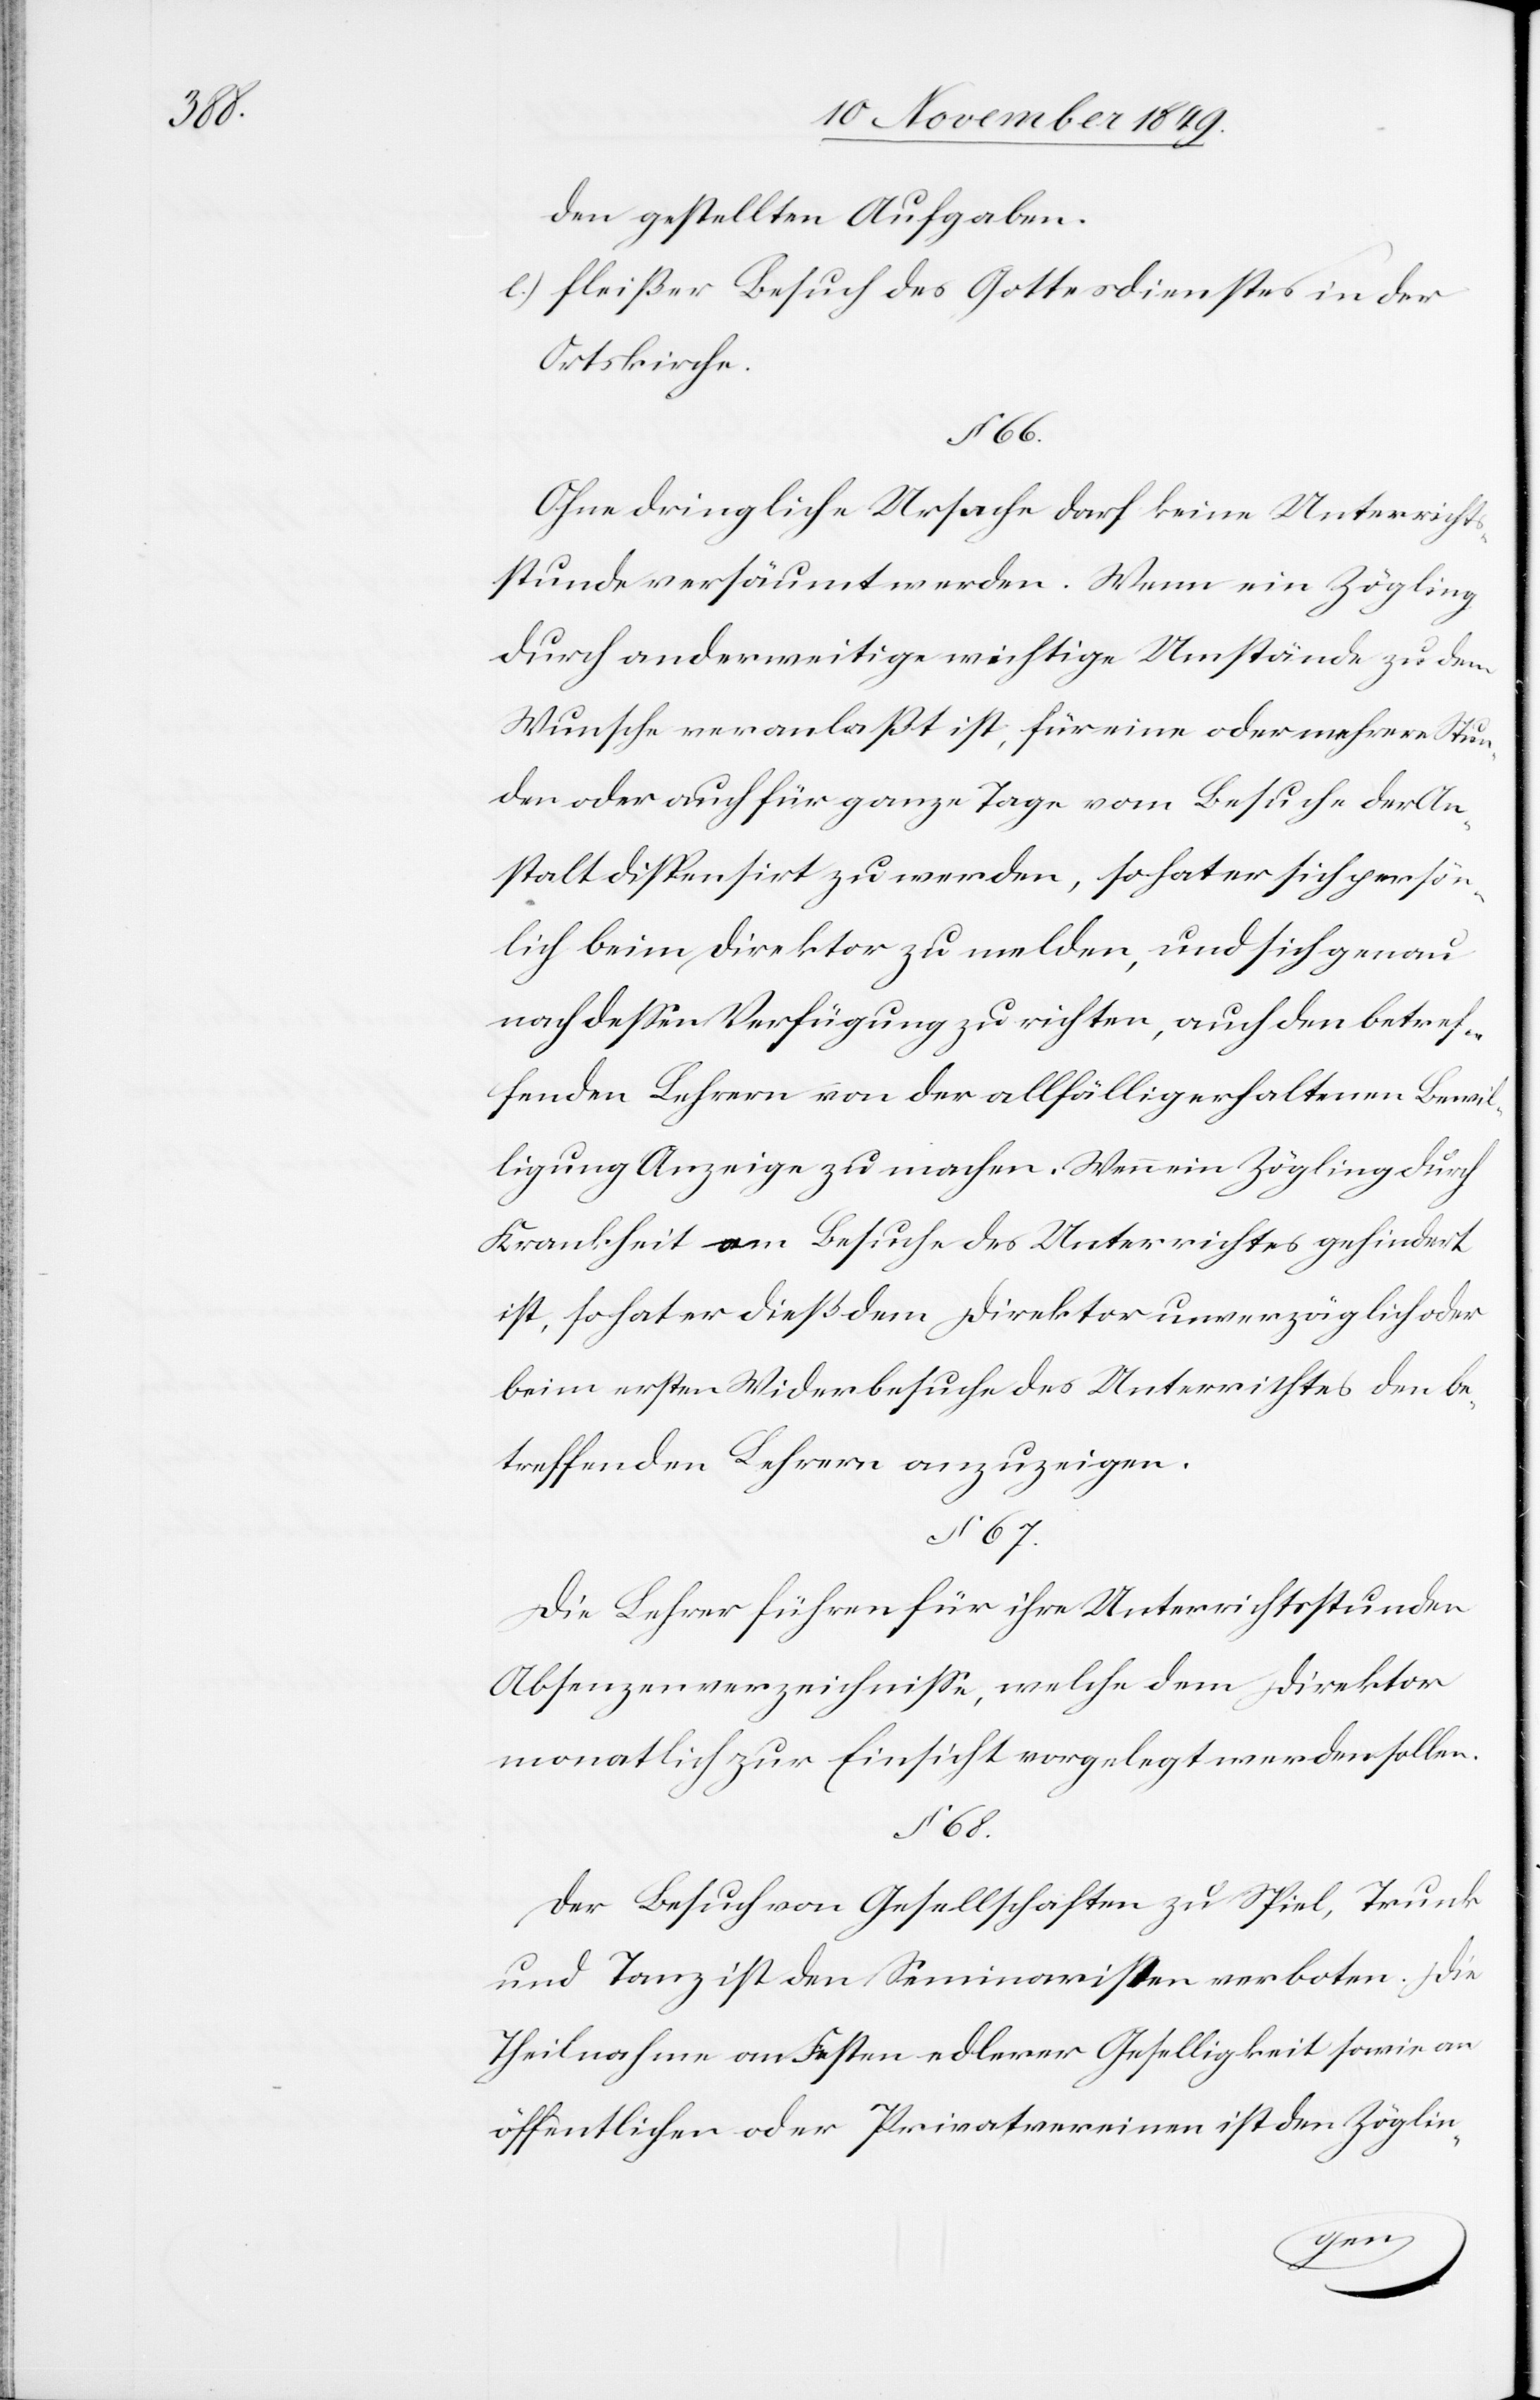
den gestellten Aufgaben.
e.) fleißer Besuch des Gottesdienstes in der
Ortskirche.
§ 66.
Ohne dringliche Ursache darf keine Unterricht¬
sstunde versäumt werden. Wenn ein Zögling
durch anderweitige wichtige Umstände zu dem
Wunsche veranlaßt ist, für eine oder mehrere Stun¬
den oder auch für ganze Tage vom Besuche der An¬
stalt dispensirt zu werden, so hat er sich persön¬
lich beim Direktor zu melden, und sich genau
nach deßen Verfügung zu richten, auch den betref¬
fenden Lehrern von der allfällig erhaltenen Bewil¬
ligung Anzeige zu machen. Wenn ein Zögling durch
Krankheit am Besuche des Unterrichtes gehindert
ist, so hat er dieß dem Direktor unverzüglich oder
beim ersten Widerbesuche des Unterrichtes den be¬
treffenden Lehrern anzuzeigen.
§ 67.
Die Lehrer führen für ihre Unterrichtsstunden
Absenzenverzeichniße, welche dem Direktor
monatlich zur Einsicht vorgelegt werden sollen.
§ 68.
Der Besuch von Gesellschaften zu Spiel, Trunk
und Tanz ist den Seminaristen verboten. Die
Theilnahme an Festen edlerer Geselligkeit sowie an
öffentlichen oder Privatvereinen ist den Zöglin-